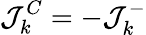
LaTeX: \mathcal{J}_{k}^{C}=-\mathcal{J}_{k}^{-}